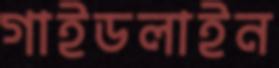
গাইডলাইন